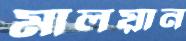
মালয়ান